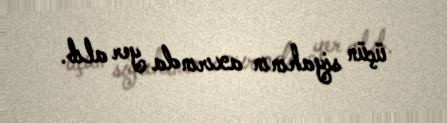
üçün siyahının axırında yer alıb.